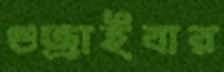
গুজ্‌রাইবার